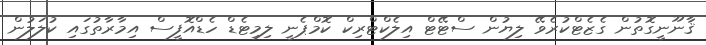
ޤާނޫނީގޮތުން ގެޒެޓްކުރެވޭ ލިޔުން ސްޓޭޓް އިލެކްޓްރިކް ކޮމްޕެނީ ލިމިޓެޑް ހެޑްއޮފީސް އިމާރާތުގައި ކުލަލުން